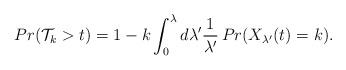
LaTeX: \begin{align*}Pr(\mathcal{T}_{k}>t)=1-k\int_{0}^{\lambda }d\lambda ^{\prime }\frac{1}{\lambda^{\prime }}\,Pr(X_{\lambda ^{\prime }}(t)=k).\end{align*}